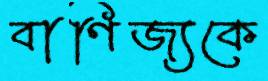
বাণিজ্যকে